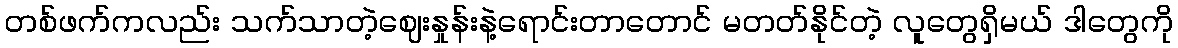
တစ်ဖက်ကလည်း သက်သာတဲ့ဈေးနှုန်းနဲ့ရောင်းတာတောင် မတတ်နိုင်တဲ့ လူတွေရှိမယ် ဒါတွေကို